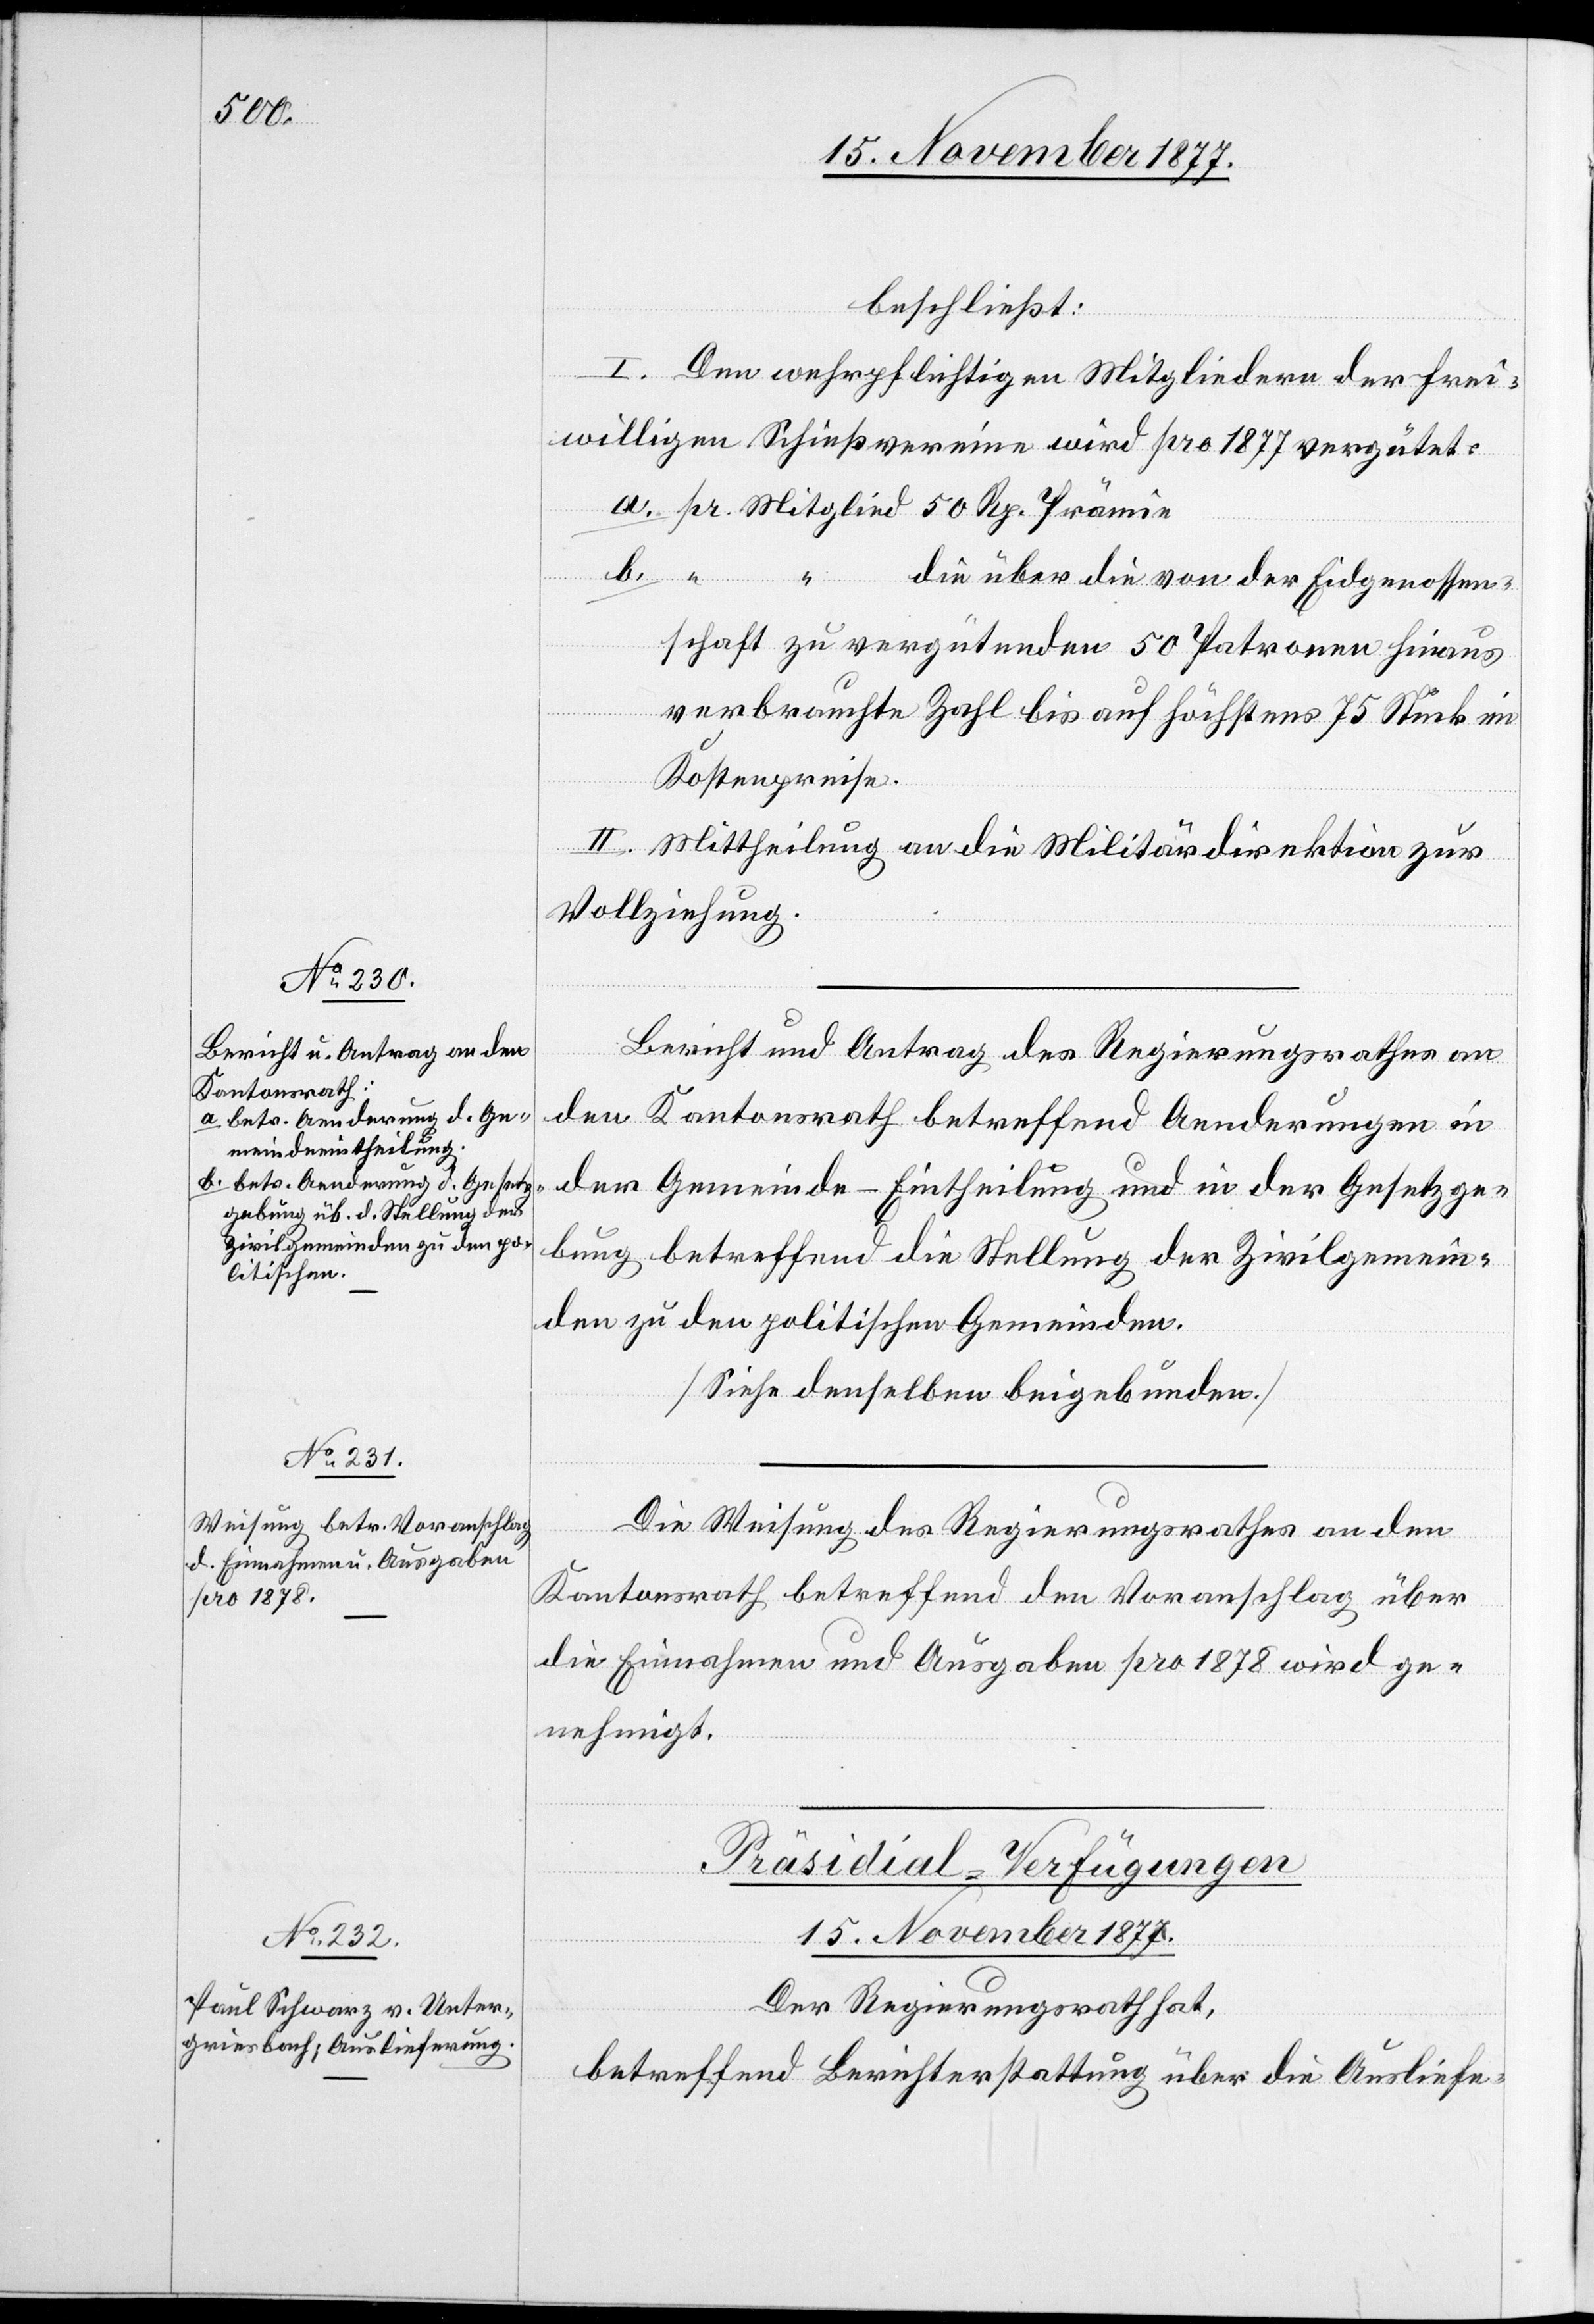
beschließt:
b.
I. Den wehrpflichtigen Mitgliedern der frei¬
willigen Schießvereine wird pro 1877 vergütet:
pr. Mitglied 50 Rp. Prämie
“ die über die von der Eidgenossen¬
schaft zu vergütenden 50 Patronen hinaus
verbrauchte Zahl bis auf höchstens 75 Stück im
Kostenpreise.
II. Mittheilung an die Militärdirektion zur
Vollziehung.
“
Bericht und Antrag des Regierungsrathes an
den Kantonsrath betreffend Aenderungen in
der Gemeinde-Eintheilung und in der Gesetzge¬
bung betreffend die Stellung der Zivilgemein¬
den zu den politischen Gemeinden.
[Siehe denselben beigebunden.]
Die Weisung des Regierungsrathes an den
Kantonsrath betreffend den Voranschlag über
die Einnahmen und Ausgaben pro 1878 wird ge¬
nehmigt.
Präsidial-Verfügungen
15. November 1877.
Der Regierungsrath hat,
betreffend Berichterstattung über die Ausliefe-